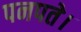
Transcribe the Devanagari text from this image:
पनपते।